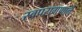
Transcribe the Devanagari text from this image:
स्वपरागणाने